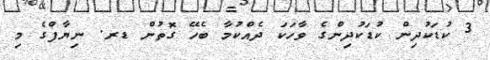
3 ކުޑަކުދިން ކުޑަކުދިންގެ ވާހަކަ ދެއްކުމާ ބެހޭ ގޮތުން ޑރ. ނިޔާފްގެ މި